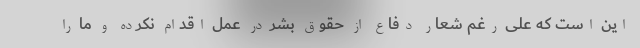
این است که علی رغم شعار دفاع از حقوق بشر در عمل اقدام نکرده و ما را